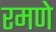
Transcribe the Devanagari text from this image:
रमणे